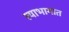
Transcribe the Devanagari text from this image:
त्याभागात